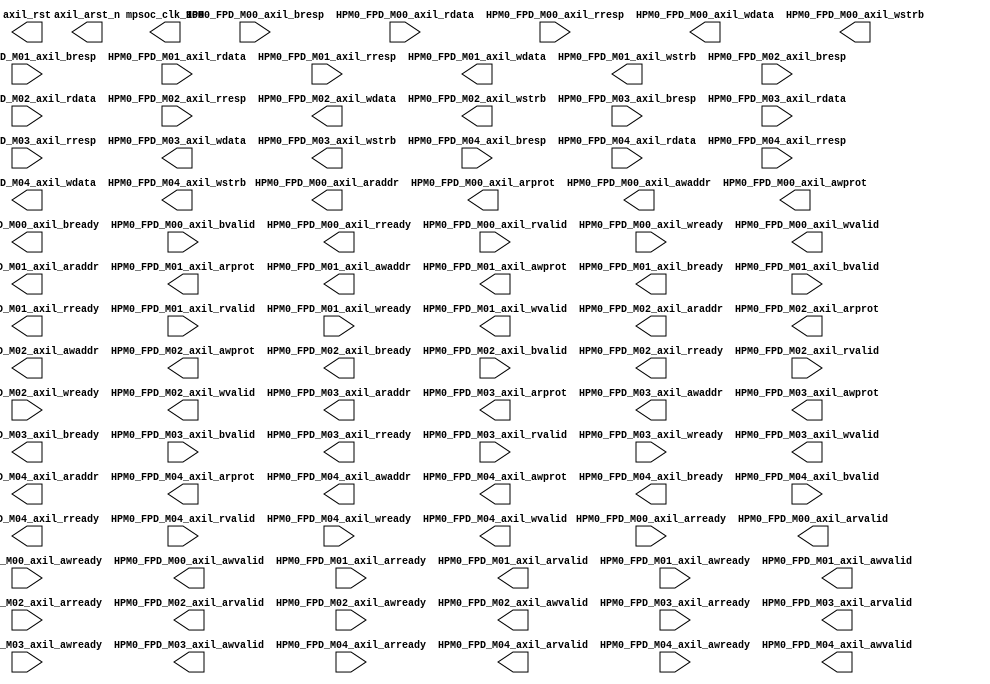
`default_nettype none


// This wrapper is only to simulate, the one used when compiling is generated  by vivado
module system_wrapper (
	output wire mpsoc_clk_100,
	//HPM0_FPD signals
	output wire  [39:0] HPM0_FPD_M00_axil_araddr,
	output wire  [2:0] HPM0_FPD_M00_axil_arprot,
	input wire HPM0_FPD_M00_axil_arready,
	output wire HPM0_FPD_M00_axil_arvalid,
	output wire  [39:0] HPM0_FPD_M00_axil_awaddr,
	output wire  [2:0] HPM0_FPD_M00_axil_awprot,
	input wire HPM0_FPD_M00_axil_awready,
	output wire HPM0_FPD_M00_axil_awvalid,
	output wire HPM0_FPD_M00_axil_bready,
	input wire  [1:0] HPM0_FPD_M00_axil_bresp,
	input wire HPM0_FPD_M00_axil_bvalid,
	input wire  [31:0] HPM0_FPD_M00_axil_rdata,
	output wire HPM0_FPD_M00_axil_rready,
	input wire  [1:0] HPM0_FPD_M00_axil_rresp,
	input wire HPM0_FPD_M00_axil_rvalid,
	output wire  [31:0] HPM0_FPD_M00_axil_wdata,
	input wire HPM0_FPD_M00_axil_wready,
	output wire  [3:0] HPM0_FPD_M00_axil_wstrb,
	output wire HPM0_FPD_M00_axil_wvalid,
	output wire  [39:0] HPM0_FPD_M01_axil_araddr,
	output wire  [2:0] HPM0_FPD_M01_axil_arprot,
	input wire HPM0_FPD_M01_axil_arready,
	output wire HPM0_FPD_M01_axil_arvalid,
	output wire  [39:0] HPM0_FPD_M01_axil_awaddr,
	output wire  [2:0] HPM0_FPD_M01_axil_awprot,
	input wire HPM0_FPD_M01_axil_awready,
	output wire HPM0_FPD_M01_axil_awvalid,
	output wire HPM0_FPD_M01_axil_bready,
	input wire  [1:0] HPM0_FPD_M01_axil_bresp,
	input wire HPM0_FPD_M01_axil_bvalid,
	input wire  [31:0] HPM0_FPD_M01_axil_rdata,
	output wire HPM0_FPD_M01_axil_rready,
	input wire  [1:0] HPM0_FPD_M01_axil_rresp,
	input wire HPM0_FPD_M01_axil_rvalid,
	output wire  [31:0] HPM0_FPD_M01_axil_wdata,
	input wire HPM0_FPD_M01_axil_wready,
	output wire  [3:0] HPM0_FPD_M01_axil_wstrb,
	output wire HPM0_FPD_M01_axil_wvalid,
	output wire  [39:0] HPM0_FPD_M02_axil_araddr,
	output wire  [2:0] HPM0_FPD_M02_axil_arprot,
	input wire HPM0_FPD_M02_axil_arready,
	output wire HPM0_FPD_M02_axil_arvalid,
	output wire  [39:0] HPM0_FPD_M02_axil_awaddr,
	output wire  [2:0] HPM0_FPD_M02_axil_awprot,
	input wire HPM0_FPD_M02_axil_awready,
	output wire HPM0_FPD_M02_axil_awvalid,
	output wire HPM0_FPD_M02_axil_bready,
	input wire  [1:0] HPM0_FPD_M02_axil_bresp,
	input wire HPM0_FPD_M02_axil_bvalid,
	input wire  [31:0] HPM0_FPD_M02_axil_rdata,
	output wire HPM0_FPD_M02_axil_rready,
	input wire  [1:0] HPM0_FPD_M02_axil_rresp,
	input wire HPM0_FPD_M02_axil_rvalid,
	output wire  [31:0] HPM0_FPD_M02_axil_wdata,
	input wire HPM0_FPD_M02_axil_wready,
	output wire  [3:0] HPM0_FPD_M02_axil_wstrb,
	output wire HPM0_FPD_M02_axil_wvalid,
	output wire  [39:0] HPM0_FPD_M03_axil_araddr,
	output wire  [2:0] HPM0_FPD_M03_axil_arprot,
	input wire HPM0_FPD_M03_axil_arready,
	output wire HPM0_FPD_M03_axil_arvalid,
	output wire  [39:0] HPM0_FPD_M03_axil_awaddr,
	output wire  [2:0] HPM0_FPD_M03_axil_awprot,
	input wire HPM0_FPD_M03_axil_awready,
	output wire HPM0_FPD_M03_axil_awvalid,
	output wire HPM0_FPD_M03_axil_bready,
	input wire  [1:0] HPM0_FPD_M03_axil_bresp,
	input wire HPM0_FPD_M03_axil_bvalid,
	input wire  [31:0] HPM0_FPD_M03_axil_rdata,
	output wire HPM0_FPD_M03_axil_rready,
	input wire  [1:0] HPM0_FPD_M03_axil_rresp,
	input wire HPM0_FPD_M03_axil_rvalid,
	output wire  [31:0] HPM0_FPD_M03_axil_wdata,
	input wire HPM0_FPD_M03_axil_wready,
	output wire  [3:0] HPM0_FPD_M03_axil_wstrb,
	output wire HPM0_FPD_M03_axil_wvalid,
	output wire  [39:0] HPM0_FPD_M04_axil_araddr,
	output wire  [2:0] HPM0_FPD_M04_axil_arprot,
	input wire HPM0_FPD_M04_axil_arready,
	output wire HPM0_FPD_M04_axil_arvalid,
	output wire  [39:0] HPM0_FPD_M04_axil_awaddr,
	output wire  [2:0] HPM0_FPD_M04_axil_awprot,
	input wire HPM0_FPD_M04_axil_awready,
	output wire HPM0_FPD_M04_axil_awvalid,
	output wire HPM0_FPD_M04_axil_bready,
	input wire  [1:0] HPM0_FPD_M04_axil_bresp,
	input wire HPM0_FPD_M04_axil_bvalid,
	input wire  [31:0] HPM0_FPD_M04_axil_rdata,
	output wire HPM0_FPD_M04_axil_rready,
	input wire  [1:0] HPM0_FPD_M04_axil_rresp,
	input wire HPM0_FPD_M04_axil_rvalid,
	output wire  [31:0] HPM0_FPD_M04_axil_wdata,
	input wire HPM0_FPD_M04_axil_wready,
	output wire  [3:0] HPM0_FPD_M04_axil_wstrb,
	output wire HPM0_FPD_M04_axil_wvalid,
	output wire axil_arst_n, axil_rst
);



endmodule
`resetall